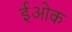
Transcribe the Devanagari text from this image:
ईओक